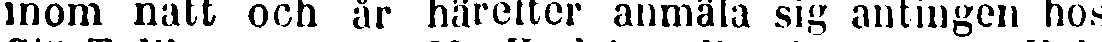
inom natt och år härefter anmäla sig antingen hos